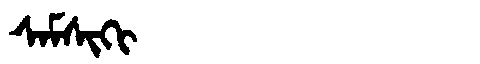
Manchu: ᠰᠠᠮᠰᡳᡴᡳ
Romanization: SAMSIKI